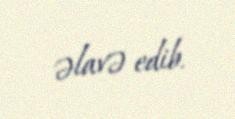
əlavə edib.